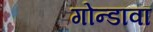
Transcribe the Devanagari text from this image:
गोन्डावा